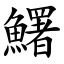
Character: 鱰